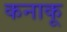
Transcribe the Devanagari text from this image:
कनाकू